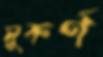
সুকর্ণ